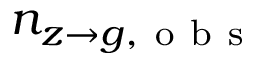
n _ { z \to g , \mathrm { ~ o ~ b ~ s ~ } }